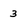
Character: 3